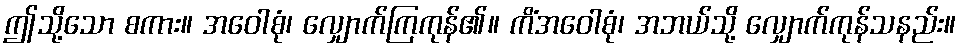
ဤသို့သော စကား။ အဝေါစုံ၊ လျှောက်ကြကုန်၏။ ကိံအဝေါစုံ၊ အဘယ်သို့ လျှောက်ကုန်သနည်း။